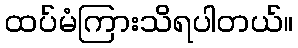
ထပ်မံကြားသိရပါတယ်။